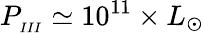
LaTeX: P_{_{III}}\simeq 10^{11}\times L_{\odot}